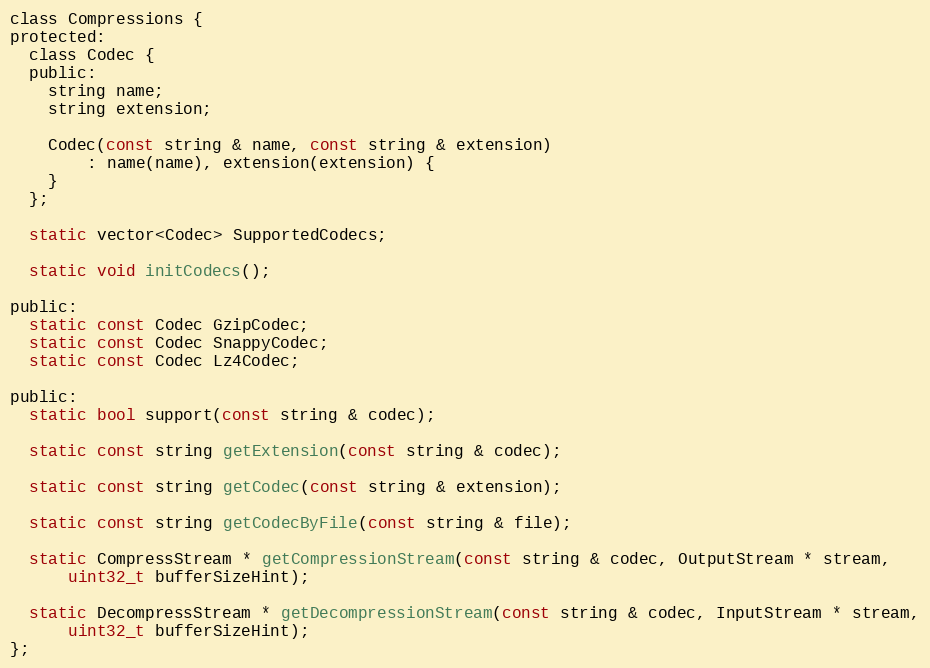
Language: C
class Compressions {
protected:
  class Codec {
  public:
    string name;
    string extension;

    Codec(const string & name, const string & extension)
        : name(name), extension(extension) {
    }
  };

  static vector<Codec> SupportedCodecs;

  static void initCodecs();

public:
  static const Codec GzipCodec;
  static const Codec SnappyCodec;
  static const Codec Lz4Codec;

public:
  static bool support(const string & codec);

  static const string getExtension(const string & codec);

  static const string getCodec(const string & extension);

  static const string getCodecByFile(const string & file);

  static CompressStream * getCompressionStream(const string & codec, OutputStream * stream,
      uint32_t bufferSizeHint);

  static DecompressStream * getDecompressionStream(const string & codec, InputStream * stream,
      uint32_t bufferSizeHint);
};